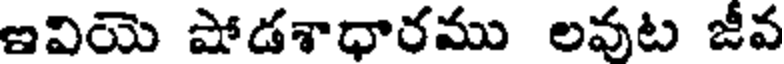
ఇవియె షోడశాధారము లవుట జీవ